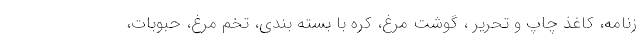
زنامه، کاغذ چاپ و تحریر ، گوشت مرغ، کره با بسته بندی، تخم مرغ، حبوبات،